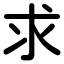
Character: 求